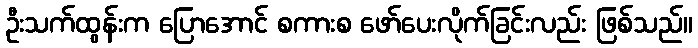
ဦးသက်ထွန်းက ပြောအောင် စကားစ ဖော်ပေးလိုက်ခြင်းလည်း ဖြစ်သည်။